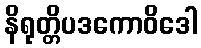
နိရုတ္တိပဒကောဝိဒေါ